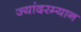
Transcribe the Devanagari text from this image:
ज्यांदरम्यान